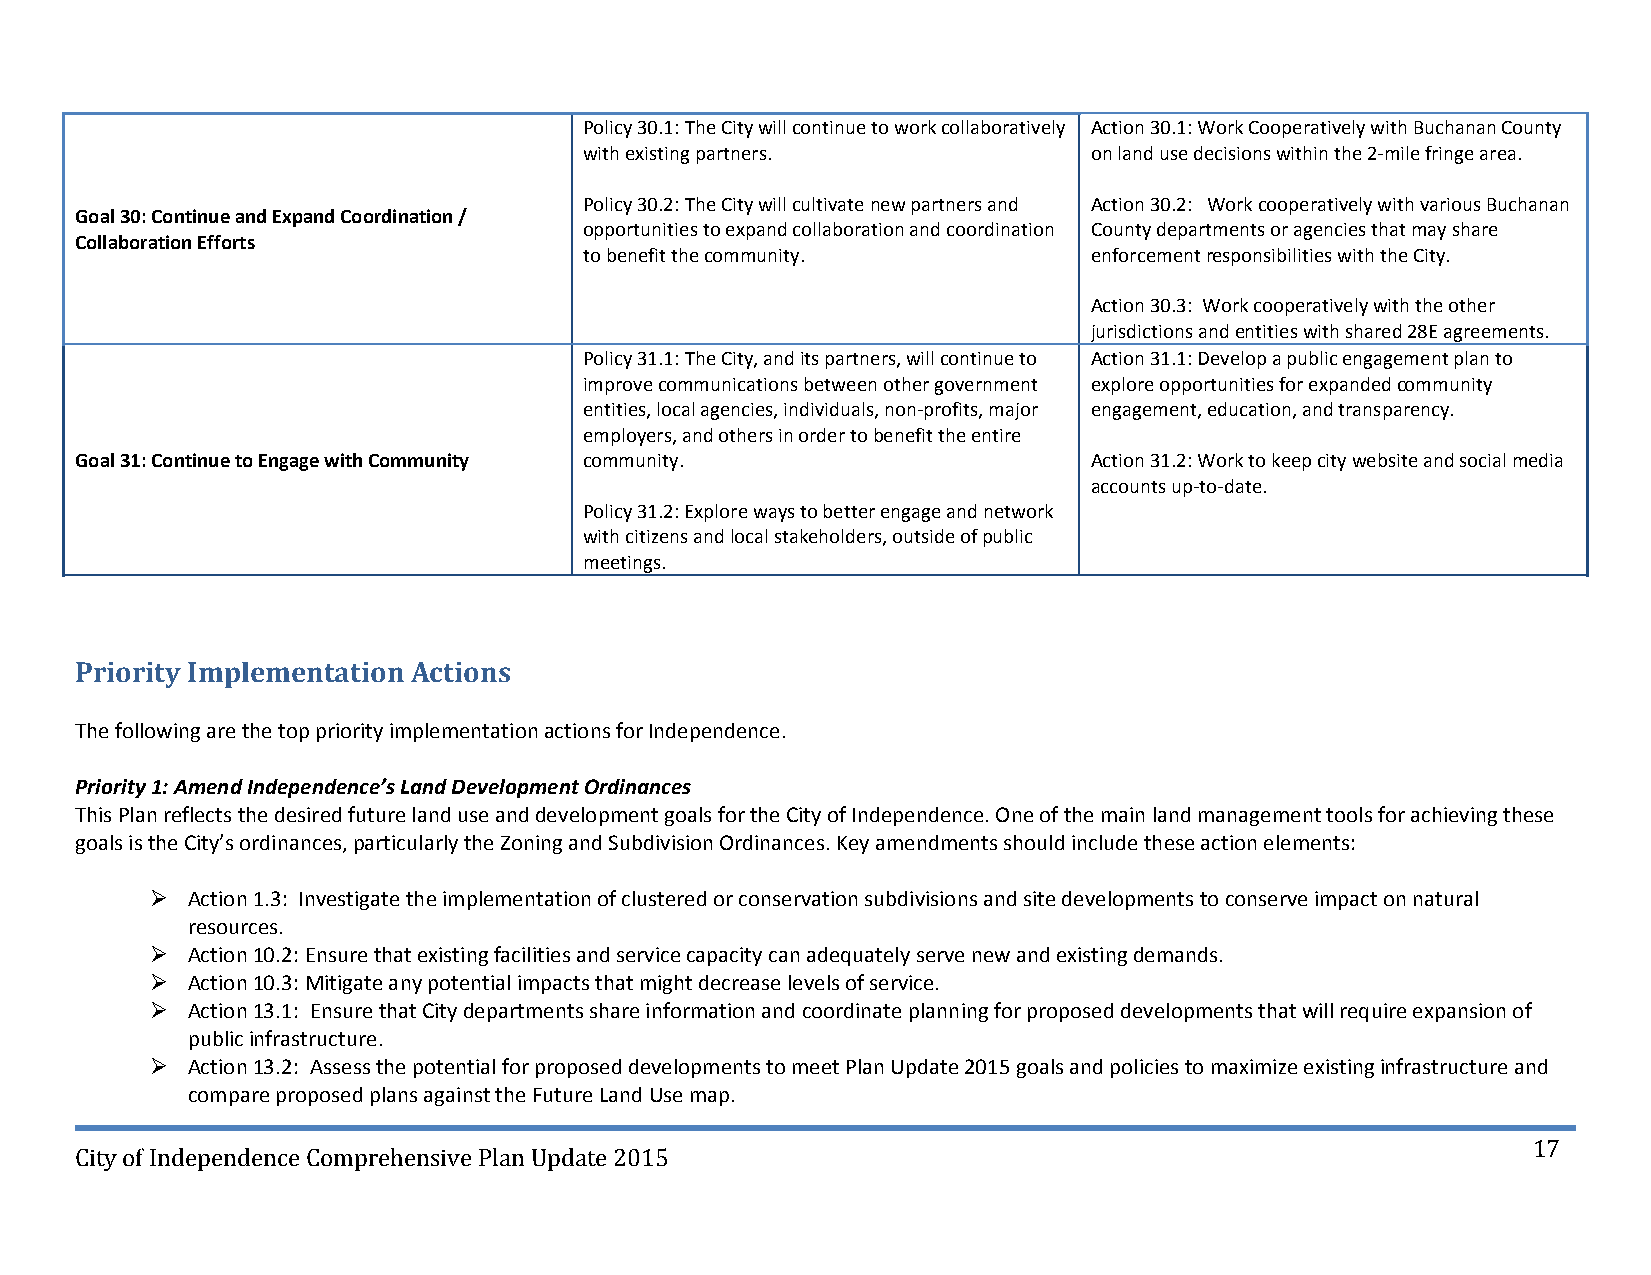
Policy 30.1: The City will continue to work collaboratively Action 30.1: Work Cooperatively with Buchanan County
 with existing partners.          on land use decisions within the 2‐mile fringe area.
 Policy 30.2: The City will cultivate new partners and Action 30.2: Work cooperatively with various Buchanan
 Goal 30: Continue and Expand Coordination /
 opportunities to expand collaboration and coordination County departments or agencies that may share
 Collaboration Efforts
 to benefit the community.        enforcement responsibilities with the City.
 Action 30.3: Work cooperatively with the other
 jurisdictions and entities with shared 28E agreements.
 Policy 31.1: The City, and its partners, will continue to Action 31.1: Develop a public engagement plan to
 improve communications between other government explore opportunities for expanded community
 entities, local agencies, individuals, non‐profits, major engagement, education, and transparency.
 employers, and others in order to benefit the entire
 Goal 31: Continue to Engage with Community community.              Action 31.2: Work to keep city website and social media
 accounts up‐to‐date.
 Policy 31.2: Explore ways to better engage and network
 with citizens and local stakeholders, outside of public
 meetings.
 Priority Implementation Actions
 The following are the top priority implementation actions for Independence.
 Priority 1: Amend Independence’s Land Development Ordinances
 This Plan reflects the desired future land use and development goals for the City of Independence. One of the main land management tools for achieving these
 goals is the City’s ordinances, particularly the Zoning and Subdivision Ordinances. Key amendments should include these action elements:
  Action 1.3: Investigate the implementation of clustered or conservation subdivisions and site developments to conserve impact on natural
 resources.
  Action 10.2: Ensure that existing facilities and service capacity can adequately serve new and existing demands.
  Action 10.3: Mitigate any potential impacts that might decrease levels of service.
  Action 13.1: Ensure that City departments share information and coordinate planning for proposed developments that will require expansion of
 public infrastructure.
  Action 13.2: Assess the potential for proposed developments to meet Plan Update 2015 goals and policies to maximize existing infrastructure and
 compare proposed plans against the Future Land Use map.
 17
 City of Independence Comprehensive Plan Update 2015